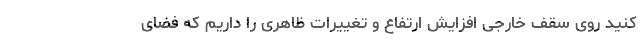
کنید روی سقف خارجی افزایش ارتفاع و تغییرات ظاهری را داریم که فضای